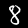
Digit: 8